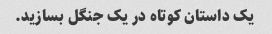
یک داستان کوتاه در یک جنگل بسازید.